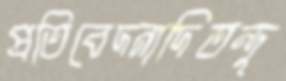
প্রতিবেদনাদিতন্দু